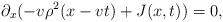
LaTeX: \begin{align*}\partial_x ( - v \rho^2(x-v t)+J(x,t))=0,\end{align*}